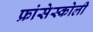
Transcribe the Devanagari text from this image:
फ्रांसेस्कोली